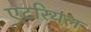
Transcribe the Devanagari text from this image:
एटरियल